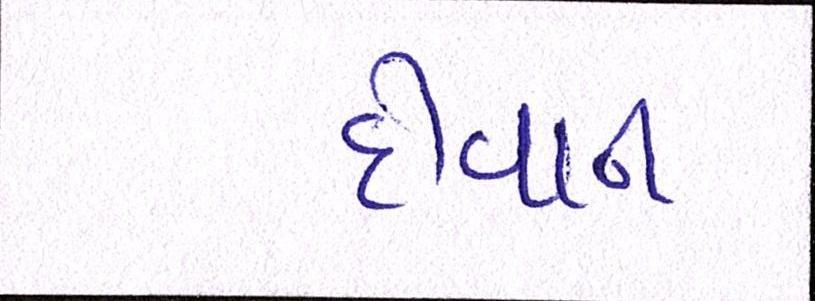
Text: દીવાન